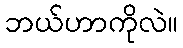
ဘယ်ဟာကိုလဲ။